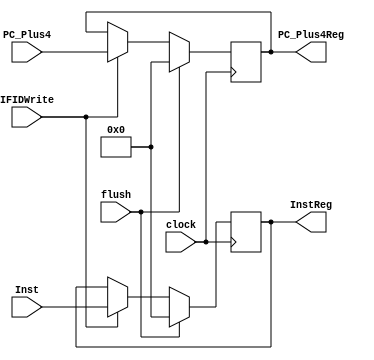
module IF_ID(flush,clock,IFIDWrite,PC_Plus4,Inst,InstReg,PC_Plus4Reg);
input [31:0] PC_Plus4,Inst;
input clock,IFIDWrite,flush;
output [31:0] InstReg, PC_Plus4Reg;
reg [31:0] InstReg, PC_Plus4Reg;
initial begin
InstReg = 0;
PC_Plus4Reg = 0;
end
always@(posedge clock)
begin
if(flush)
begin
InstReg <= 0;
PC_Plus4Reg <=0;
end
else if(IFIDWrite)
begin
InstReg <= Inst;
PC_Plus4Reg <= PC_Plus4;
end
end
endmodule